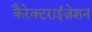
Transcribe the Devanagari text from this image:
कैरेक्टराईज़ेशन